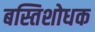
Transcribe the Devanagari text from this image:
बस्तिशोधक